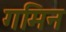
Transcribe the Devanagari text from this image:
गमिन